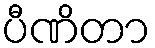
ပီဏိတာ